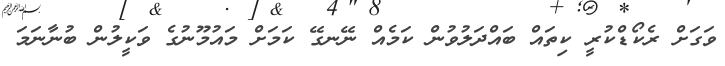
ވަގަށް ރެކޯޑްކުރީ ކިތައް ބައްދަލުވުން ކަމެއް ނޭނގޭ ކަމަށް މައުމޫނުގެ ވަކީލުން ބުނާނަމަ